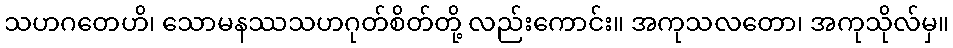
သဟဂတေဟိ၊ သောမနဿသဟဂုတ်စိတ်တို့ လည်းကောင်း။ အကုသလတော၊ အကုသိုလ်မှ။